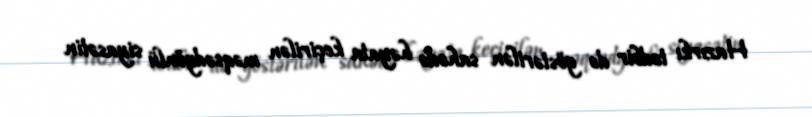
Hazırkı tədbir də göstərilən sahədə həyata keçirilən məqsədyönlü siyasətin